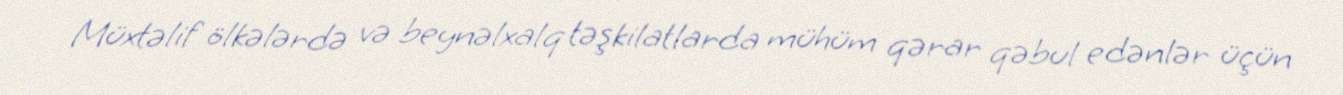
Müxtəlif ölkələrdə və beynəlxalq təşkilatlarda mühüm qərar qəbul edənlər üçün